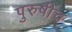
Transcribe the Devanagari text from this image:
पुरुषीच